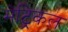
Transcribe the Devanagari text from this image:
मेट्रिकल